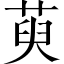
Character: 萸